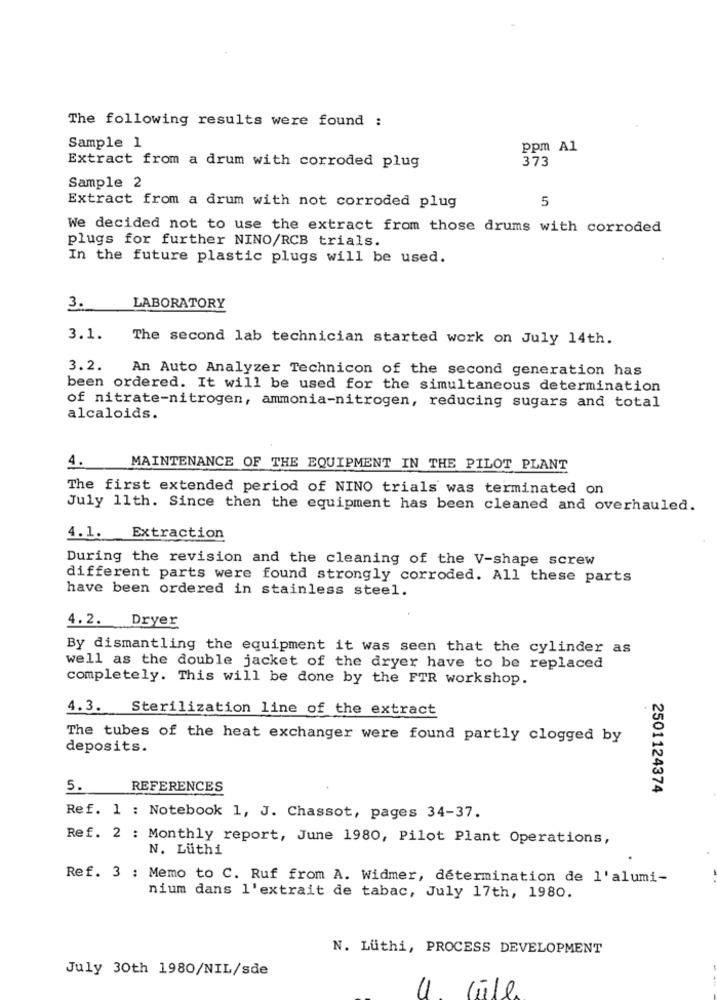
The following results were found :
Sample 1
ppm Al
373
Extract from a drum with corroded plug
Sample 2
5
Extract from a drum with not corroded plug
We decided not to use the extract from those drums with corroded
plugs for further NINO/RCB trials.
In the future plastic plugs will be used.
3.
LABORATORY
3.1.
The second lab technician started work on July 14th.
3.2. An Auto Analyzer Technicon of the second generation has
been ordered. It will be used for the simultaneous determination
of nitrate-nitrogen, ammonia-nitrogen, reducing sugars and total
alcaloids.
4.
MAINTENANCE OF THE EQUIPMENT IN THE PILOT PLANT
The first extended period of NINO trials was terminated on
July 11th. Since then the equipment has been cleaned and overhauled.
4. 1.
Extraction
During the revision and the cleaning of the V-shape screw
different parts were found strongly corroded. All these parts
have been ordered in stainless steel.
4.2. Dryer
By dismantling the equipment it was seen that the cylinder as
well as the double jacket of the dryer have to be replaced
completely. This will be done by the FTR workshop.
4.3. Sterilization line of the extract
The tubes of the heat exchanger were found partly clogged by
deposits.
5.
REFERENCES
2501124374
Ref. 1 : Notebook 1, J. Chassot, pages 34-37.
Ref. 2 : Monthly report, June 1980, Pilot Plant Operations,
N. Luthi
Ref. 3 : Memo to C. Ruf from A. Widmer, determination de l'alumi-
nium dans l'extrait de tabac, July 17th, 1980.
N. Lüthi, PROCESS DEVELOPMENT
July 30th 1980/NIL/sde
11
Gill